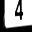
Digit: 4